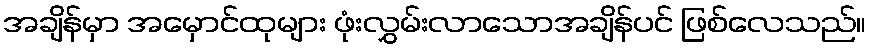
အချိန်မှာ အမှောင်ထုများ ဖုံးလွှမ်းလာသောအချိန်ပင် ဖြစ်လေသည်။